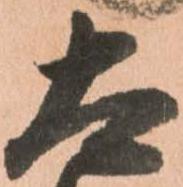
太